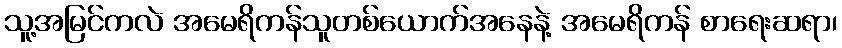
သူ့အမြင်ကလဲ အမေရိကန်သူတစ်ယောက်အနေနဲ့ အမေရိကန် စာရေးဆရာ၊